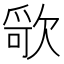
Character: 𰙔